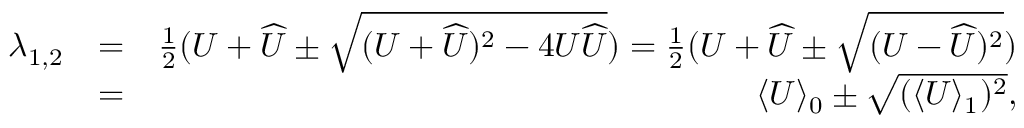
\begin{array} { r l r } { \lambda _ { 1 , 2 } } & { = } & { \frac { 1 } { 2 } ( U + \widehat { U } \pm \sqrt { ( U + \widehat { U } ) ^ { 2 } - 4 U \widehat { U } } ) = \frac { 1 } { 2 } ( U + \widehat { U } \pm \sqrt { ( U - \widehat { U } ) ^ { 2 } } ) } \\ & { = } & { \langle U \rangle _ { 0 } \pm \sqrt { ( \langle U \rangle _ { 1 } ) ^ { 2 } } , } \end{array}